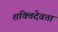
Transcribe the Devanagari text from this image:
शक्तिदेवता